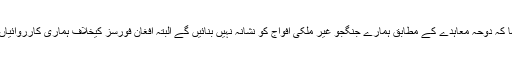
انہوں نے مزید کہا کہ دوحہ معاہدے کے مطابق ہمارے جنگجو غیر ملکی افواج کو نشانہ نہیں بنائیں گے البتہ افغان فورسز کیخلاف ہماری کارروائیاں جاری رہیں گے۔